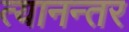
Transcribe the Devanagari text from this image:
त्यानन्तर